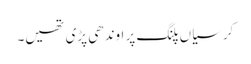
کرسیاں پلنگ پر اوندھی پڑی تھیں۔